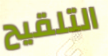
التلقيح